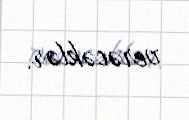
verəcəklər.